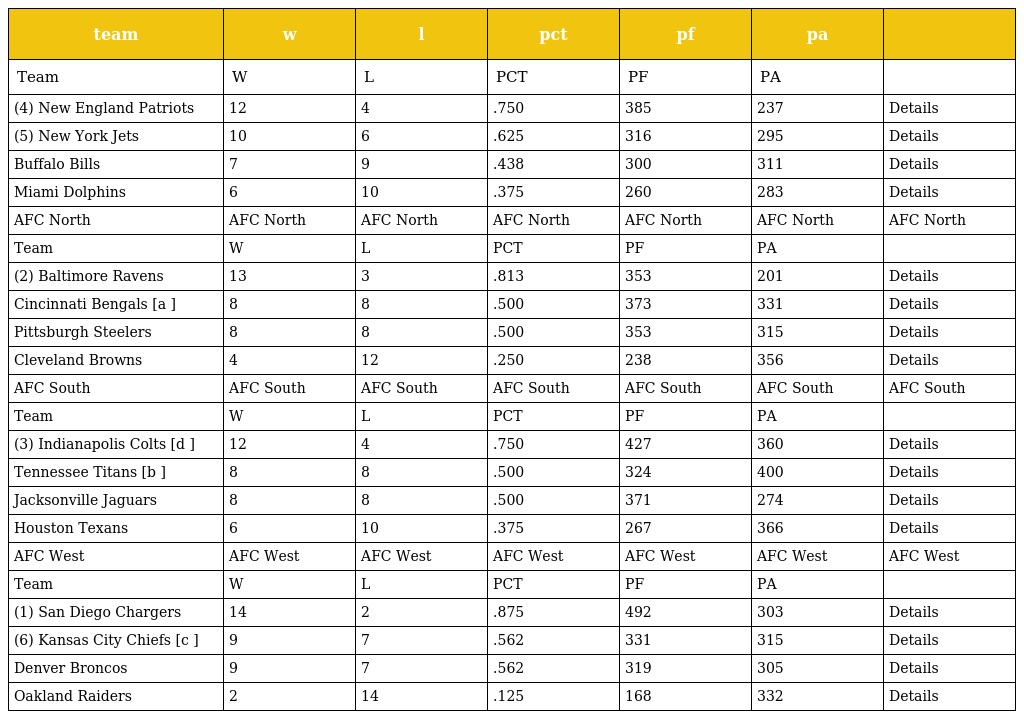
| team | w | l | pct | pf | pa |  |
 | --- | --- | --- | --- | --- | --- | --- |
 | Team | W | L | PCT | PF | PA |  |
 | (4) New England Patriots | 12 | 4 | .750 | 385 | 237 | Details |
 | (5) New York Jets | 10 | 6 | .625 | 316 | 295 | Details |
 | Buffalo Bills | 7 | 9 | .438 | 300 | 311 | Details |
 | Miami Dolphins | 6 | 10 | .375 | 260 | 283 | Details |
 | AFC North | AFC North | AFC North | AFC North | AFC North | AFC North | AFC North |
 | Team | W | L | PCT | PF | PA |  |
 | (2) Baltimore Ravens | 13 | 3 | .813 | 353 | 201 | Details |
 | Cincinnati Bengals [a ] | 8 | 8 | .500 | 373 | 331 | Details |
 | Pittsburgh Steelers | 8 | 8 | .500 | 353 | 315 | Details |
 | Cleveland Browns | 4 | 12 | .250 | 238 | 356 | Details |
 | AFC South | AFC South | AFC South | AFC South | AFC South | AFC South | AFC South |
 | Team | W | L | PCT | PF | PA |  |
 | (3) Indianapolis Colts [d ] | 12 | 4 | .750 | 427 | 360 | Details |
 | Tennessee Titans [b ] | 8 | 8 | .500 | 324 | 400 | Details |
 | Jacksonville Jaguars | 8 | 8 | .500 | 371 | 274 | Details |
 | Houston Texans | 6 | 10 | .375 | 267 | 366 | Details |
 | AFC West | AFC West | AFC West | AFC West | AFC West | AFC West | AFC West |
 | Team | W | L | PCT | PF | PA |  |
 | (1) San Diego Chargers | 14 | 2 | .875 | 492 | 303 | Details |
 | (6) Kansas City Chiefs [c ] | 9 | 7 | .562 | 331 | 315 | Details |
 | Denver Broncos | 9 | 7 | .562 | 319 | 305 | Details |
 | Oakland Raiders | 2 | 14 | .125 | 168 | 332 | Details |